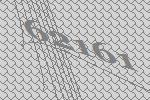
62161